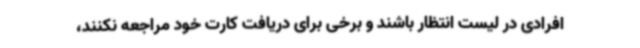
افرادی در لیست انتظار باشند و برخی برای دریافت کارت خود مراجعه نکنند،